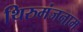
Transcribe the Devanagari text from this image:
थिरुमंजनाम